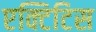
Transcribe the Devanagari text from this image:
एक्टिटिस